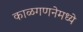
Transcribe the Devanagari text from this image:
काळगणनेमध्ये